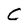
Character: C